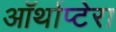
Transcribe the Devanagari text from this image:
ऑर्थाप्टेरा